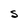
Character: S